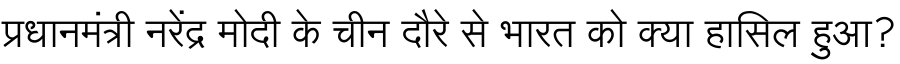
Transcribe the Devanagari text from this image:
प्रधानमंत्री नरेंद्र मोदी के चीन दौरे से भारत को क्या हासिल हुआ?